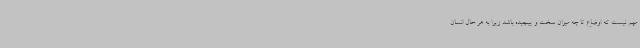
مهم نیست که اوضاع تا چه میزان سخت و پیچیده باشد زیرا به هر حال انسان